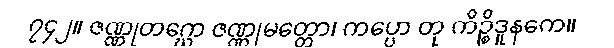
၇၄၂။ ဇဏ္ဏုတဂ္ဃော ဇဏ္ဏုမတ္တော၊ ကပ္ပော တု ကိဉ္စိဒူနကေ။